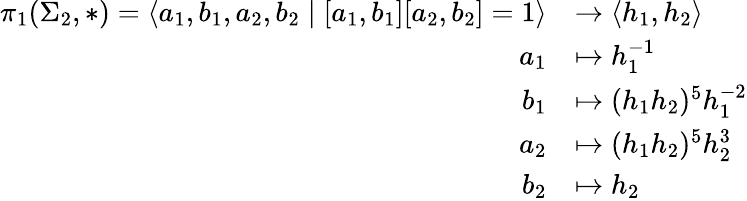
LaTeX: \begin{array}{rl}{\pi_{1}(\Sigma_{2},\ast)=\langle a_{1},b_{1},a_{2},b_{2}\mid[a_{1},b_{1}][a_{2},b_{2}]=1\rangle}&{\rightarrow\langle h_{1},h_{2}\rangle}\\ {a_{1}}&{\mapsto h_{1}^{-1}}\\ {b_{1}}&{\mapsto(h_{1}h_{2})^{5}h_{1}^{-2}}\\ {a_{2}}&{\mapsto(h_{1}h_{2})^{5}h_{2}^{3}}\\ {b_{2}}&{\mapsto h_{2}}\end{array}